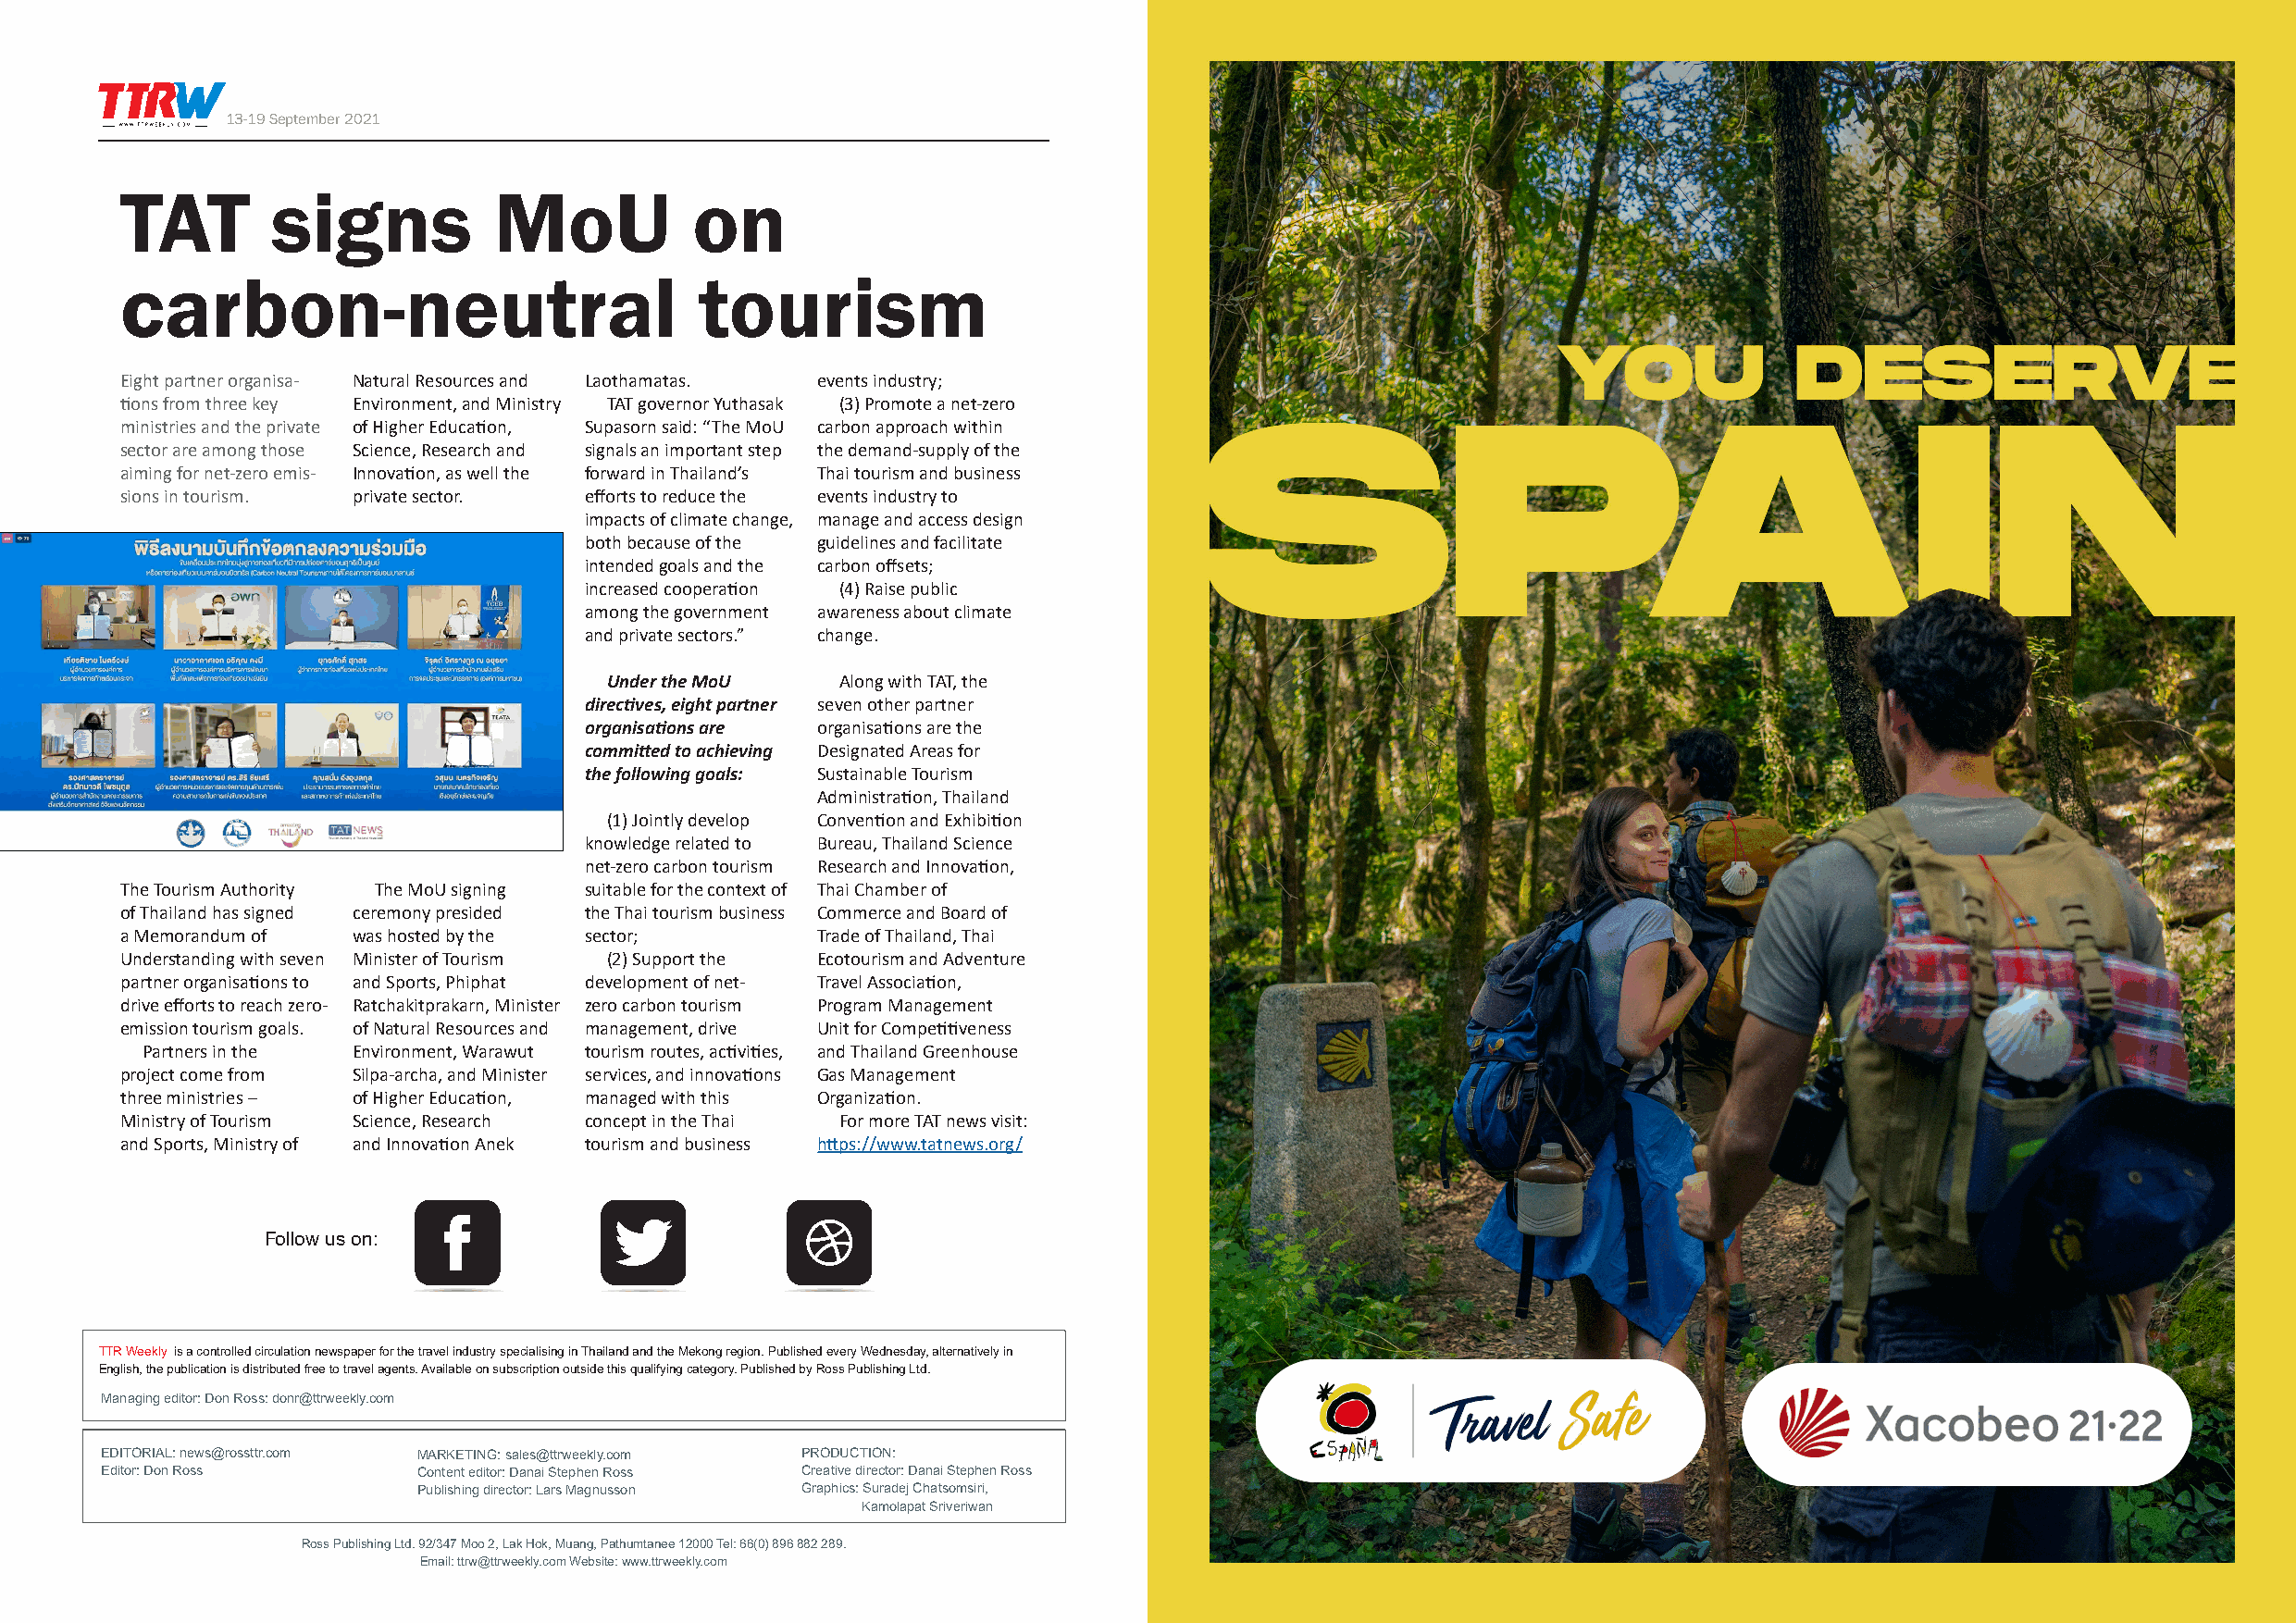
13-19 September 2021                                                                                                     13-19 September 2021
 TAT       signs           MoU            on
 carbon-neutral                           tourism
 Eight partner organisa- Natural Resources and Laothamatas. events industry;
 tions from three key Environment, and Ministry TAT governor Yuthasak (3) Promote a net-zero
 ministries and the private of Higher Education, Supasorn said: “The MoU carbon approach within
 sector are among those Science, Research and signals an important step the demand-supply of the
 aiming for net-zero emis- Innovation, as well the forward in Thailand’s Thai tourism and business
 sions in tourism. private sector. efforts to reduce the events industry to
 impacts of climate change, manage and access design
 both because of the guidelines and facilitate
 intended goals and the carbon offsets;
 increased cooperation (4) Raise public
 among the government awareness about climate
 and private sectors.” change.
 Under the MoU    Along with TAT, the
 directives, eight partner seven other partner
 organisations are organisations are the
 committed to achieving Designated Areas for
 the following goals: Sustainable Tourism
 Administration, Thailand
 (1) Jointly develop Convention and Exhibition
 knowledge related to Bureau, Thailand Science
 net-zero carbon tourism Research and Innovation,
 The Tourism Authority The MoU signing suitable for the context of Thai Chamber of
 of Thailand has signed ceremony presided the Thai tourism business Commerce and Board of
 a Memorandum of was hosted by the sector;        Trade of Thailand, Thai
 Understanding with seven Minister of Tourism (2) Support the Ecotourism and Adventure
 partner organisations to and Sports, Phiphat development of net- Travel Association,
 drive efforts to reach zero- Ratchakitprakarn, Minister zero carbon tourism Program Management
 emission tourism goals. of Natural Resources and management, drive Unit for Competitiveness
 Partners in the Environment, Warawut tourism routes, activities, and Thailand Greenhouse
 project come from Silpa-archa, and Minister services, and innovations Gas Management
 three ministries – of Higher Education, managed with this Organization.
 Ministry of Tourism Science, Research concept in the Thai For more TAT news visit:
 and Sports, Ministry of and Innovation Anek tourism and business https://www.tatnews.org/
 Follow us on:
 TTR Weekly is a controlled circulation newspaper for the travel industry specialising in Thailand and the Mekong region. Published every Wednesday, alternatively in
 English, the publication is distributed free to travel agents. Available on subscription outside this qualifying category. Published by Ross Publishing Ltd.
 Managing editor: Don Ross: donr@ttrweekly.com
 EDITORIAL: news@rossttr.com MARKETING: sales@ttrweekly.com PRODUCTION:
 Editor: Don Ross       Content editor: Danai Stephen Ross Creative director: Danai Stephen Ross
 Publishing director: Lars Magnusson Graphics: Suradej Chatsomsiri,
 Kamolapat Sriveriwan
 Ross Publishing Ltd. 92/347 Moo 2, Lak Hok, Muang, Pathumtanee 12000 Tel: 66(0) 896 882 289.
 Email: ttrw@ttrweekly.com Website: www.ttrweekly.com